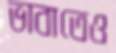
ভাবাতেও